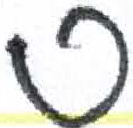
אות: ס